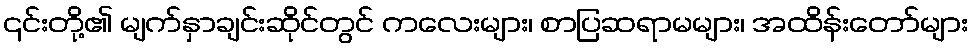
၎င်းတို့၏ မျက်နှာချင်းဆိုင်တွင် ကလေးများ၊ စာပြဆရာမများ၊ အထိန်းတော်များ